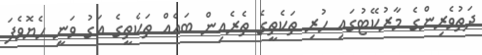
ދަތުވެރިންގެ މާރުކޭޓުގައި ހުރި ތަކެތީގެ ތެރެއިން ބައެއް ތަކެތީގެ އަގު ވަނީ ހެޔޮވެފަ